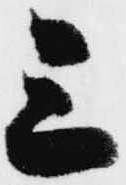
三